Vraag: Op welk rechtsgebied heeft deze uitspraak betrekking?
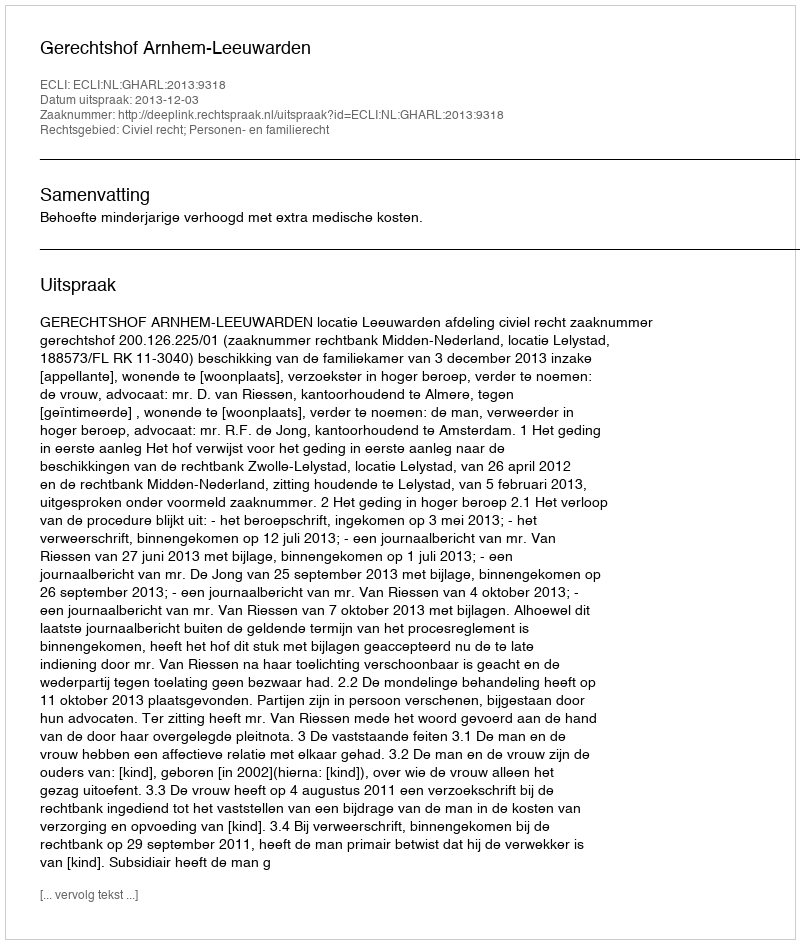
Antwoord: Civiel recht; Personen- en familierecht